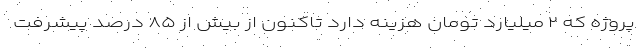
پروژه که ۲ میلیارد تومان هزینه دارد تاکنون از بیش از ۸۵ درصد پیشرفت